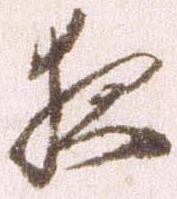
夜